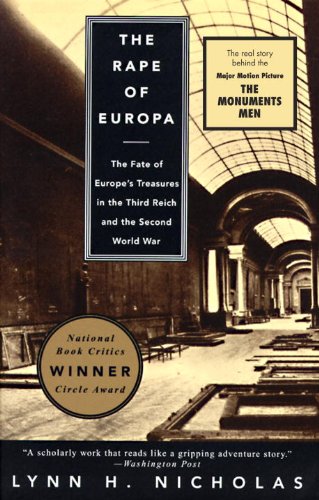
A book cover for The Rape of Europa: The Fate of Europe's Treasures in the Third Reich and the Second World War; Lynn H. Nicholas; Arts & Photography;